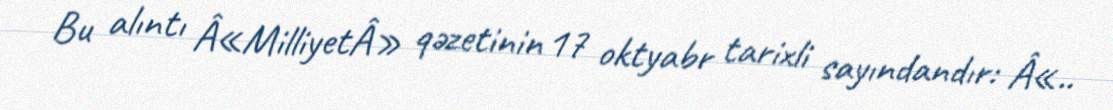
Bu alıntı Â«MilliyetÂ» qəzetinin 17 oktyabr tarixli sayındandır: Â«..